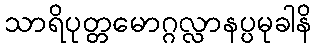
သာရိပုတ္တမောဂ္ဂလ္လာနပ္ပမုခါနိ